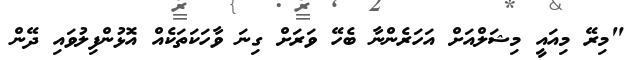
"މިރޭ މިއައީ މިޝަލްއަށް އަހަރެންނާ ބެހޭ ވަރަށް ގިނަ ވާހަކަތަކެއް އޮޅުންފިލުވައި ދޭން